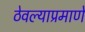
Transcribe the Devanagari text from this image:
ठेवल्याप्रमाणे